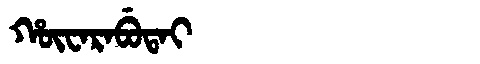
Manchu: ᡥᡡᠸᠠᡵᠠᠪᡠᡨᠠᡳ
Romanization: HŪWARABUTAI